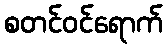
စတင်ဝင်ရောက်